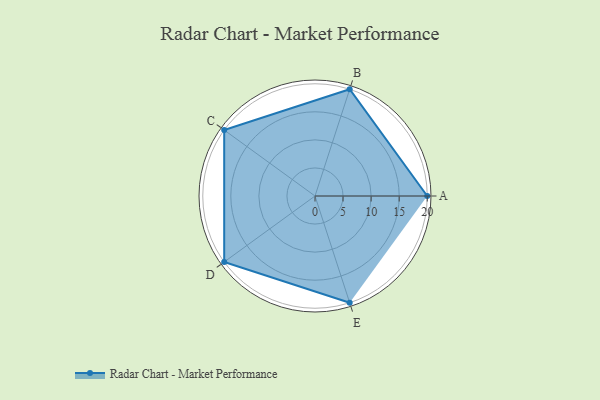
{"axis": {"x": "Skill", "y": "Score"}, "legend": ["Profile"], "data": [{"x": "A", "y": 20, "type": "Profile"}, {"x": "B", "y": 20, "type": "Profile"}, {"x": "C", "y": 20, "type": "Profile"}, {"x": "D", "y": 20, "type": "Profile"}, {"x": "E", "y": 20, "type": "Profile"}]}